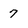
Character: 7